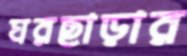
ঘরছাড়ার